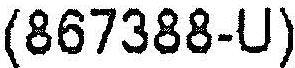
(867388-U)